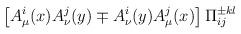
LaTeX: \begin{align*}\left[ A_\mu ^i(x) A_\nu ^j(y) \mp A_\nu ^i(y) A_\mu ^j(x)\right]\Pi _{ij}^{\pm kl}\end{align*}